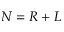
N = R + L